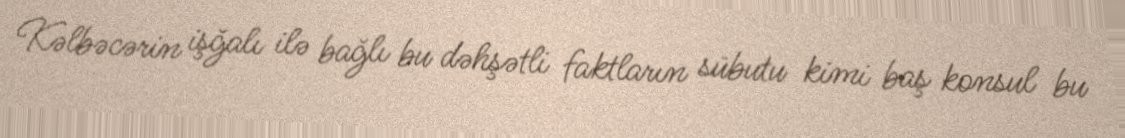
Kəlbəcərin işğalı ilə bağlı bu dəhşətli faktların sübutu kimi baş konsul bu